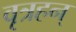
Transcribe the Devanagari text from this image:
वृत्रहन्